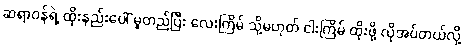
ဆရာဝန်ရဲ့ ထိုးနည်းပေါ် မူတည်ပြီး လေးကြိမ် သို့မဟုတ် ငါးကြိမ် ထိုးဖို့ လိုအပ်တယ်လို့